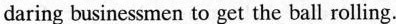
daring businessmen to get the ball rolling.